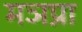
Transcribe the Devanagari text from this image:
मञप्रा